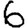
Digit: 6